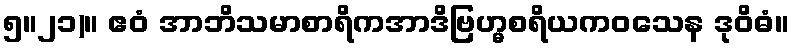
၅။၂၁)။ ဧဝံ အာဘိသမာစာရိကအာဒိဗြဟ္မစရိယကဝသေန ဒုဝိဓံ။